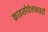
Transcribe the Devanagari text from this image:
क्राइसोवेलनाइडी